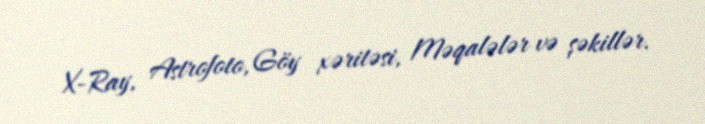
X-Ray, Astrofoto, Göy xəritəsi, Məqalələr və şəkillər.